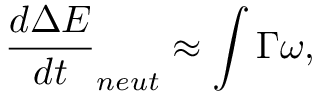
\frac { d \Delta E } { d t } _ { n e u t } \approx \int \Gamma \omega ,